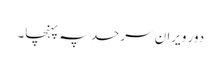
دور ویران سرحد پہ پہنچا۔